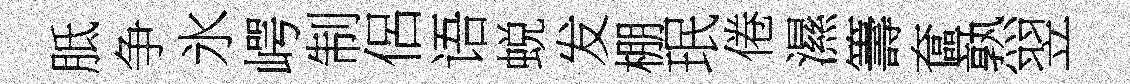
胝争氷崿制侶语蜕发棚珉倦濕籌奩熟翌